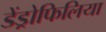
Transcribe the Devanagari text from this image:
डेंड्रोफिलिया